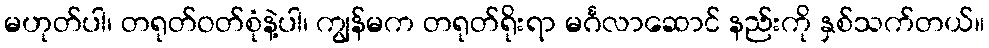
မဟုတ်ပါ၊ တရုတ်ဝတ်စုံနဲ့ပါ၊ ကျွန်မက တရုတ်ရိုးရာ မင်္ဂလာဆောင် နည်းကို နှစ်သက်တယ်။